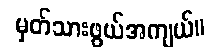
မှတ်သားဖွယ်အကျယ်။